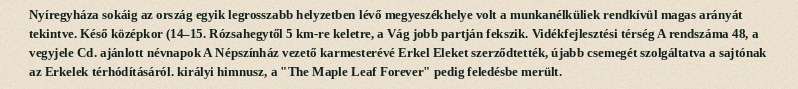
Nyíregyháza sokáig az ország egyik legrosszabb helyzetben lévő megyeszékhelye volt a munkanélküliek rendkívül magas arányát tekintve. Késő középkor (14–15. Rózsahegytől 5 km-re keletre, a Vág jobb partján fekszik. Vidékfejlesztési térség A rendszáma 48, a vegyjele Cd. ajánlott névnapok A Népszínház vezető karmesterévé Erkel Eleket szerződtették, újabb csemegét szolgáltatva a sajtónak az Erkelek térhódításáról. királyi himnusz, a "The Maple Leaf Forever" pedig feledésbe merült.